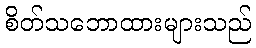
စိတ်သဘောထားများသည်